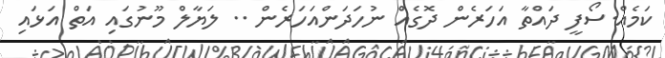
ކަމެއް.ސޯފީ ދައްތާ އަހަރެން ދޮގެއް ނުހަދަންއަހަރެން .. ލަޔާލް މޫނުގައި އަތް އަޅައި